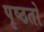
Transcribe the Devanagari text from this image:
पृष्ठतो